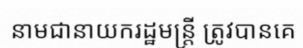
នាមជានាយករដ្ឋមន្ត្រី ត្រូវបានគេ